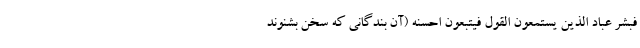
فبشر عباد الذین یستمعون القول فیتبعون احسنه (آن بندگانی که سخن بشنوند